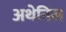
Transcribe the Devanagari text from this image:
अथेनिस